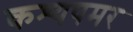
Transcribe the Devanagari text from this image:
कश्यपमर